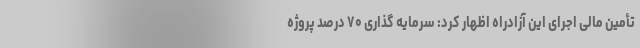
تأمین مالی اجرای این آزادراه اظهار کرد: سرمایه گذاری ۷۰ درصد پروژه